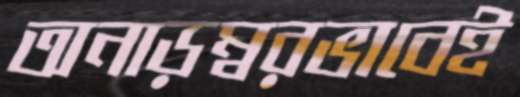
অনাড়ম্বরভাবেই